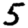
Digit: 5